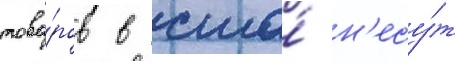
това́ров в сша́ н'есу́т